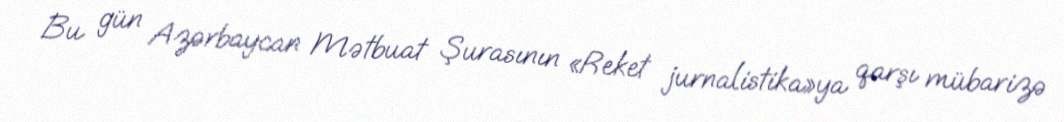
Bu gün Azərbaycan Mətbuat Şurasının «Reket jurnalistika»ya qarşı mübarizə